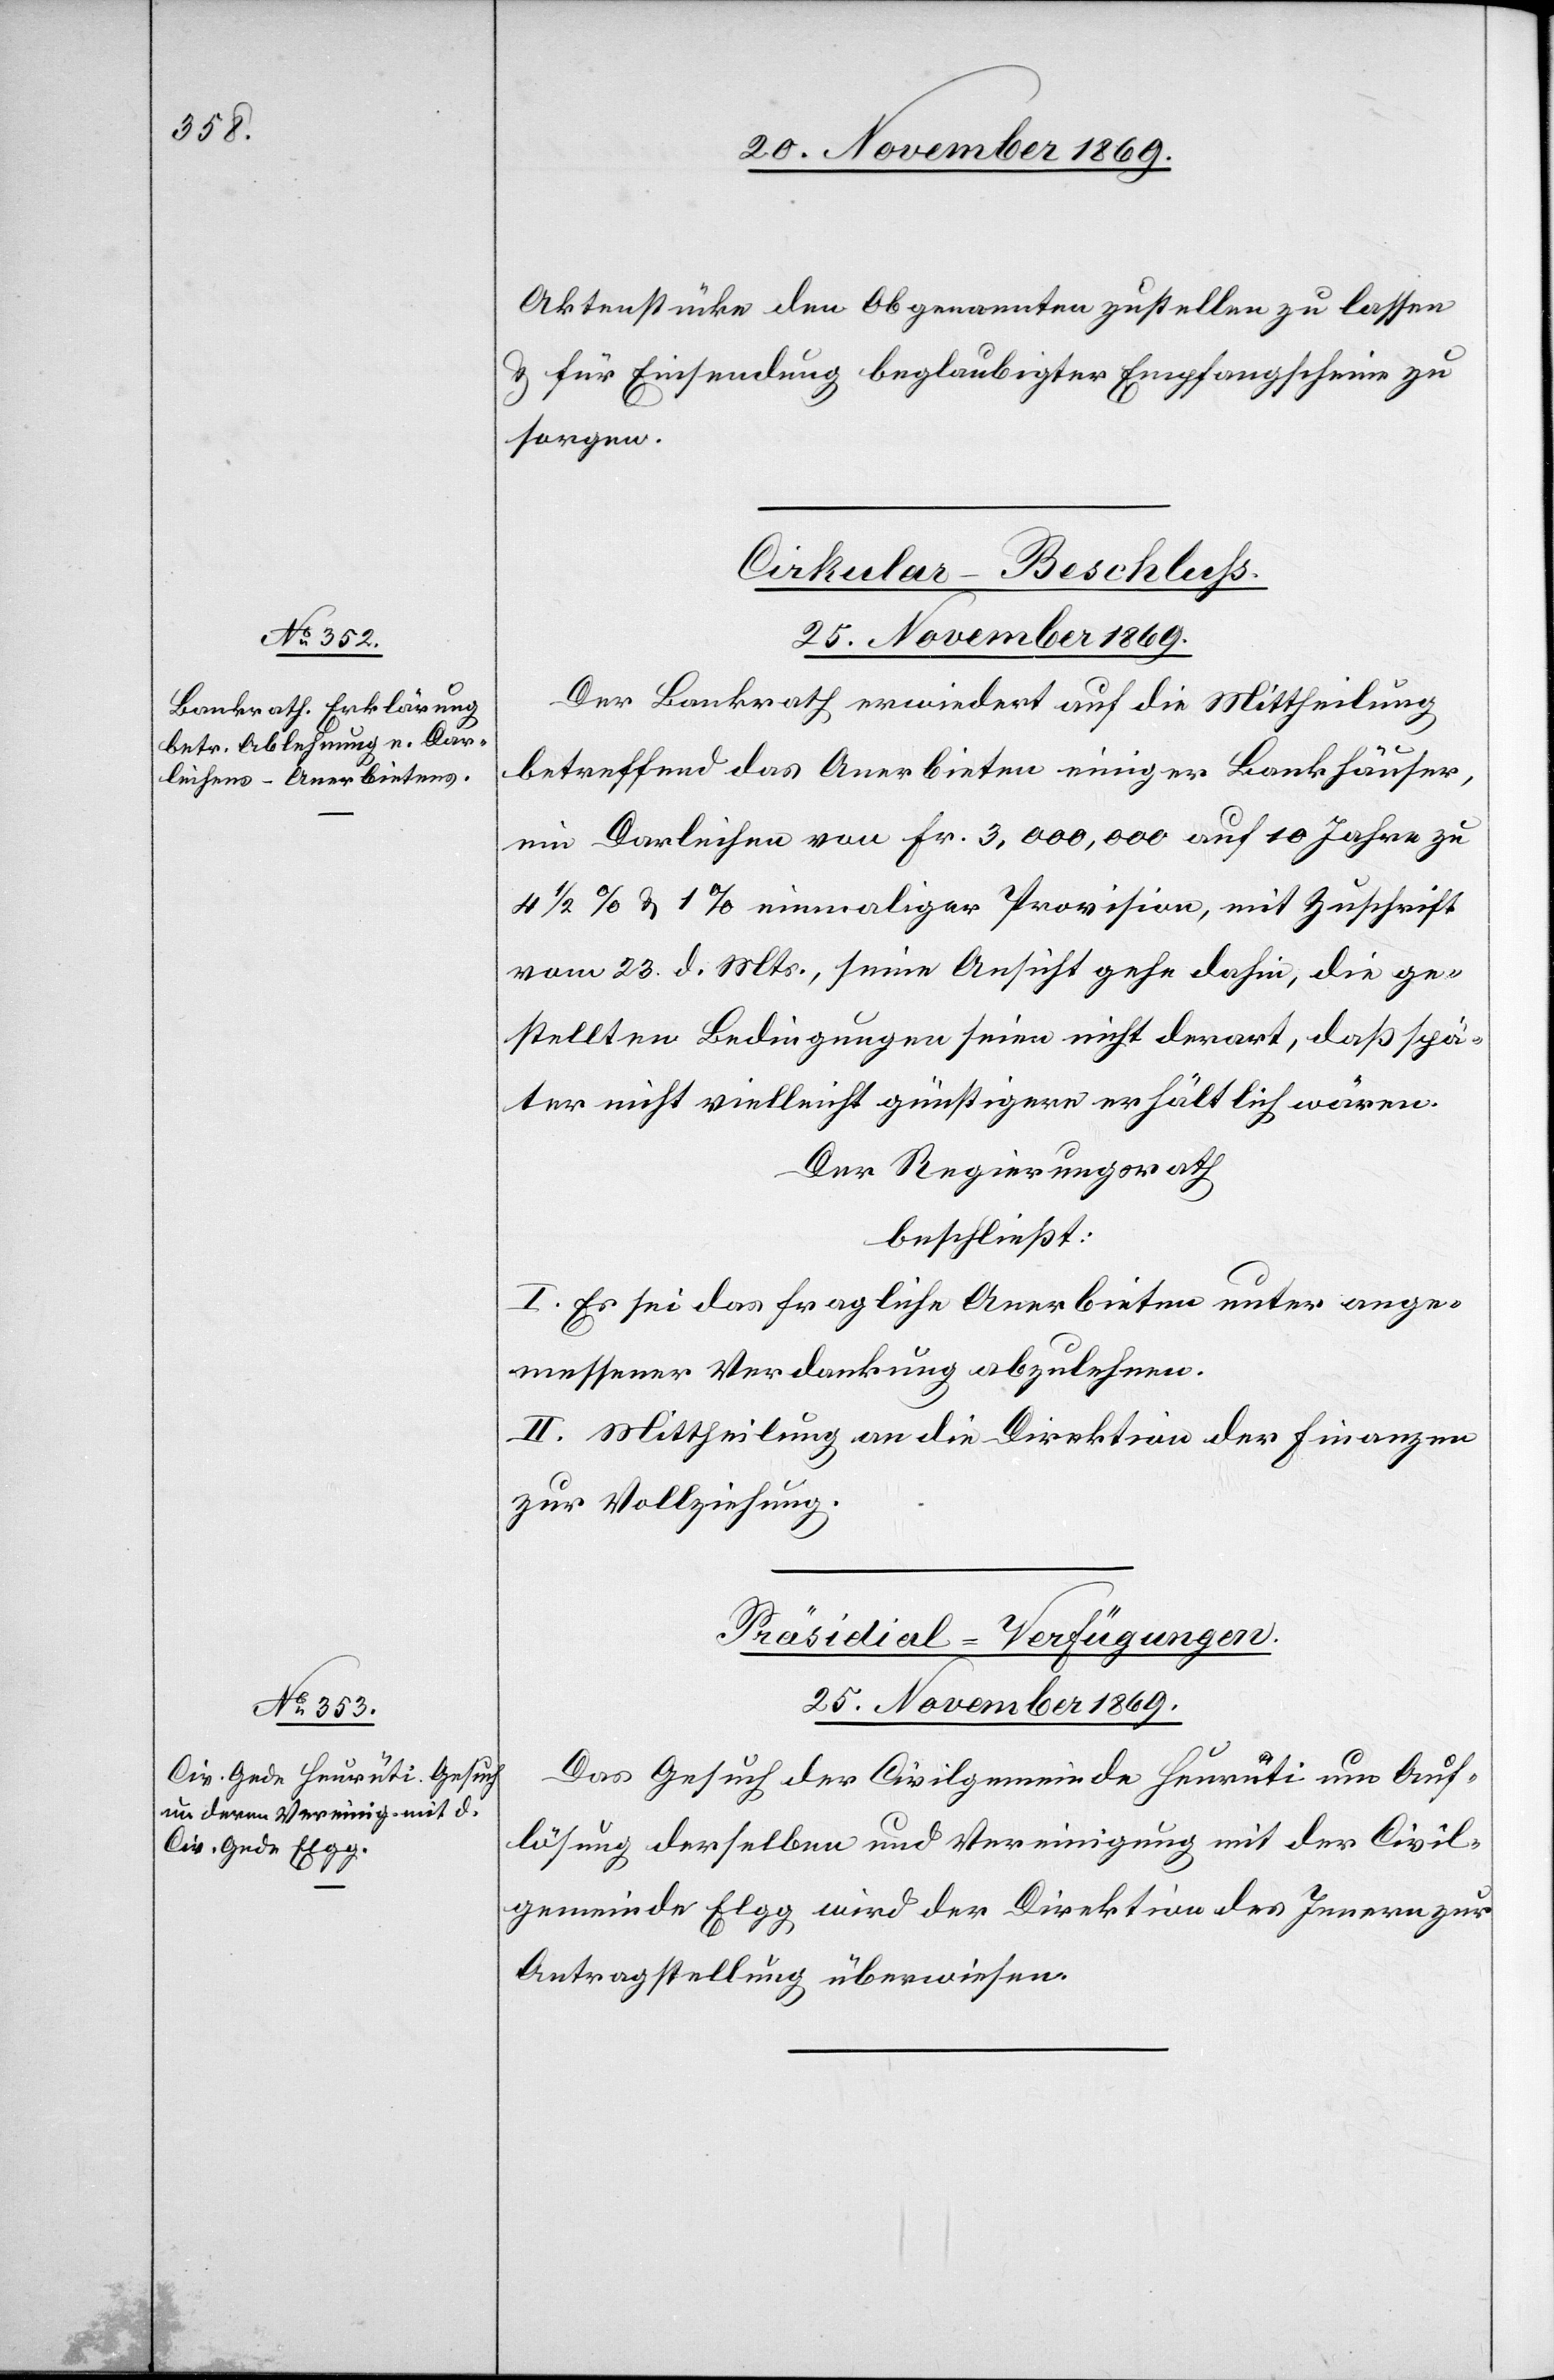
Aktenstücke den Obgenannten zustellen zu lassen
& für Einsendung beglaubigter Empfangscheine zu
sorgen.
Cirkular-Beschluss.
25. November 1869.
Der Bankrath erwiedert auf die Mittheilung
betreffend das Anerbieten einiger Bankhäuser,
ein Darleihen von Fr. 3,000,000 auf 10 Jahre zu
4 1/2 % & 1% einmaliger Provision, mit Zuschrift
vom 23. d. Mts., seine Ansicht gehe dahin, die ge¬
stellten Bedingungen seien nicht derart, daß spä¬
ter nicht vielleicht günstigere erhältlich wären.
Der Regierungsrath
beschließt:
I. Es sei das fragliche Anerbieten unter ange¬
messener Verdankung abzulehnen.
II. Mittheilung an die Direktion der Finanzen
zur Vollziehung.
Präsidial-Verfügungen.
Das Gesuch der Civilgemeinde Heurüti um Auf¬
lösung derselben und Vereinigung mit der Civil¬
gemeinde Elgg wird der Direktion des Innern zur
Antragstellung überwiesen.